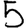
Digit: 5